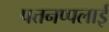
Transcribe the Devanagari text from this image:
पत्तनप्पलाई